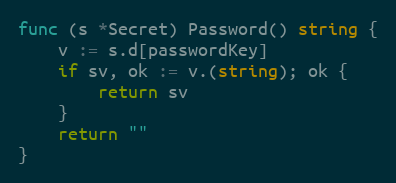
Language: Go
func (s *Secret) Password() string {
	v := s.d[passwordKey]
	if sv, ok := v.(string); ok {
		return sv
	}
	return ""
}